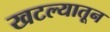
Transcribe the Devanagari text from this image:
खटल्यातून